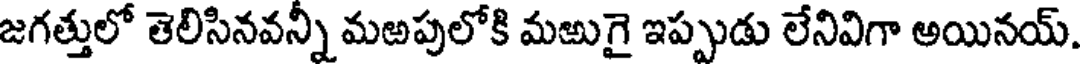
జగత్తులో తెలిసినవన్నీ మఱపులోకి మఱుగై ఇప్పుడు లేనివిగా అయినయ్.